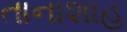
તાનાશાહ